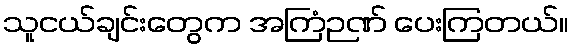
သူငယ်ချင်းတွေက အကြံဉဏ် ပေးကြတယ်။